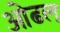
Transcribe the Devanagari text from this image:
ओढल